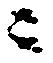
ニ